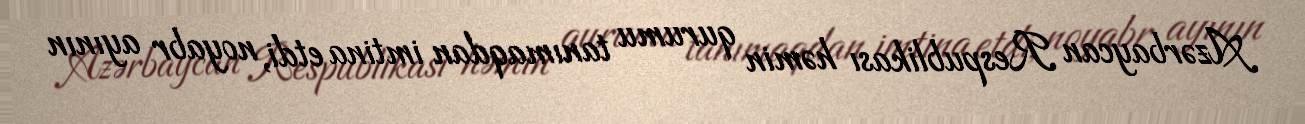
Azərbaycan Respublikası həmin qurumu tanımaqdan imtina etdi, noyabr ayının